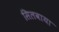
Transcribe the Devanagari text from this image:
सिलवाया